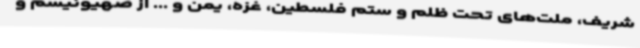
شریف، ملت‌های تحت ظلم و ستم فلسطین، غزه، یمن و ... از صهیونیسم و